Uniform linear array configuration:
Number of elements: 12
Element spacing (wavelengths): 0.75
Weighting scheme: binomial
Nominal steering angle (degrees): -30
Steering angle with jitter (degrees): -30.258
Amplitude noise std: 0.05
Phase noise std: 0.05

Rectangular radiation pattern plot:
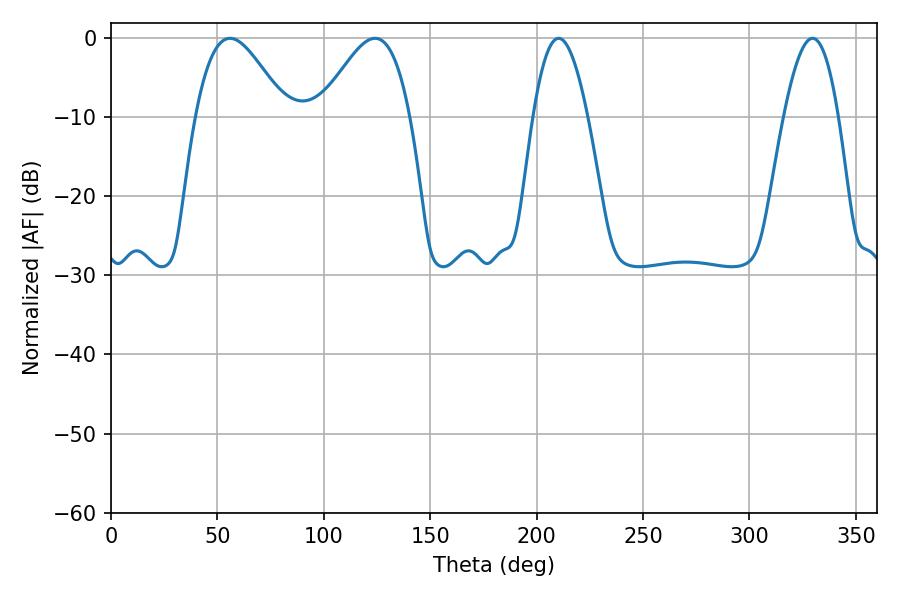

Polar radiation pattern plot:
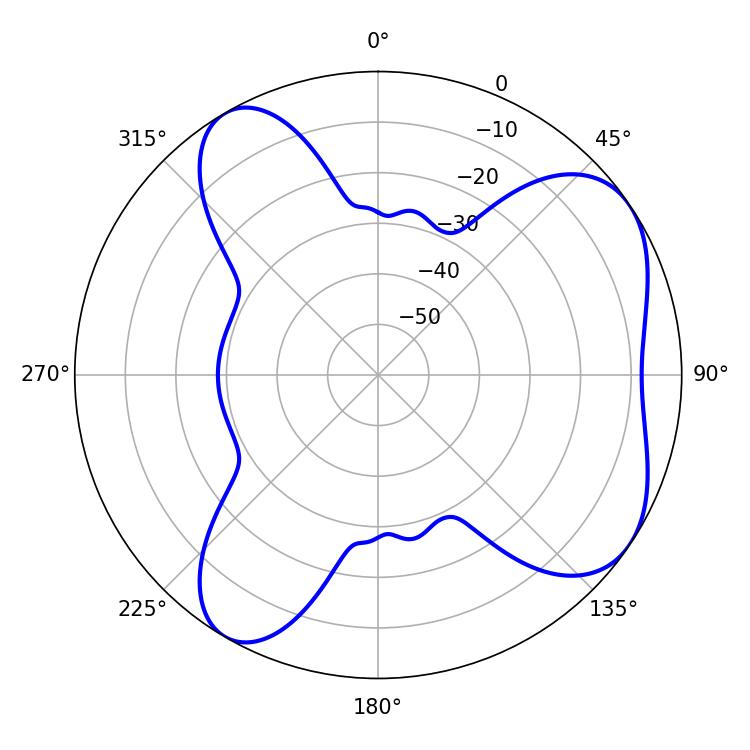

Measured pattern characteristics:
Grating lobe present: TRUE
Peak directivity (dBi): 6.025
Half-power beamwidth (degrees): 22.86
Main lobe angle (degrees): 55.98